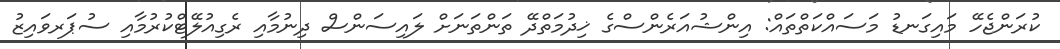
ކުރަންޖެހޭ މައިގަނޑު މަސައްކަތްތައް: އިންޝުއަރެންސްގެ ޚިދުމަތްދޭ ތަންތަނަށް ލައިސަންސް ދިނުމާއި ރެގިއުލޭޓްކުރުމާއި ސުޕަރވައިޒު